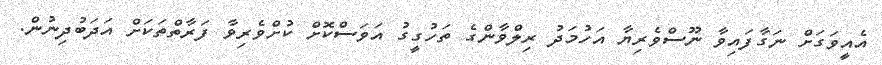
އެއީވަގަށް ނަގާފައިވާ ނޫސްވެރިޔާ އަހުމަދު ރިލްވާންގެ ތަހުގީގު އަވަސްކޮށް ކުށްވެރިވާ ފަރާތްތަކަށް އަދަބުދިނުން.